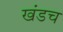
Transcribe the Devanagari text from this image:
खंडच